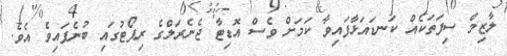
ލާޒިމް ސިފަތަކެއް ކަނޑައަޅާފައިވާ ކަމަށް ވެސް އޮޑިޓާ ޖެނެރަލްގެ ރިޕޯޓުގައި ބުނެފައިވެ އެވެ.